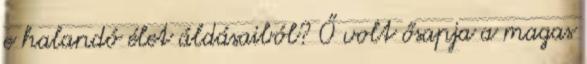
e halandó élet áldásaiból? Ő volt ősapja a magas